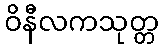
ဝိနီလကသုတ္တ